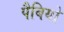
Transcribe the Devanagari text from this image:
पैबियो